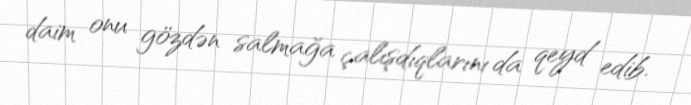
daim onu gözdən salmağa çalışdıqlarını da qeyd edib.